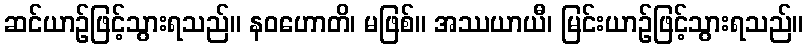
ဆင်ယာဉ်ဖြင့်သွားရသည်။ နဝဟောတိ၊ မဖြစ်။ အဿယာယီ၊ မြင်းယာဉ်ဖြင့်သွားရသည်။